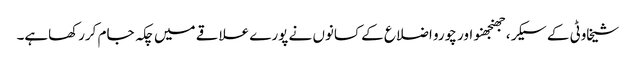
شیخاوٹی کے سیکر، جھنجھنو اور چورو اضلاع کے کسانوں نے پورے علاقے میں چکہ جام کررکھاہے۔